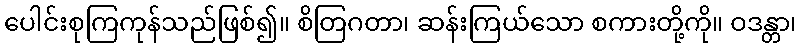
ပေါင်းစုကြကုန်သည်ဖြစ်၍။ စိတြဂတာ၊ ဆန်းကြယ်သော စကားတို့ကို။ ဝဒန္တာ၊